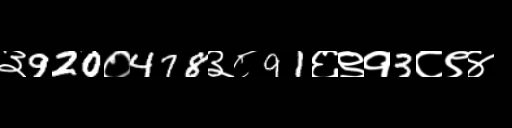
Text: ३920०478३८91६९१3८९४